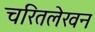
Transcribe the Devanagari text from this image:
चरितलेखन